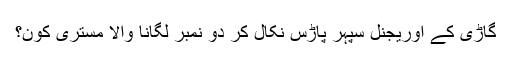
گاڑی کے اوریجنل سپہر پاڑس نکال کر دو نمبر لگانا والا مستری کون؟